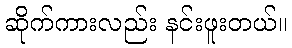
ဆိုက်ကားလည်း နင်းဖူးတယ်။